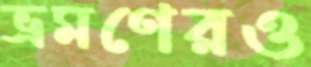
ভ্রমণেরও